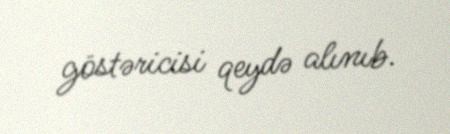
göstəricisi qeydə alınıb.